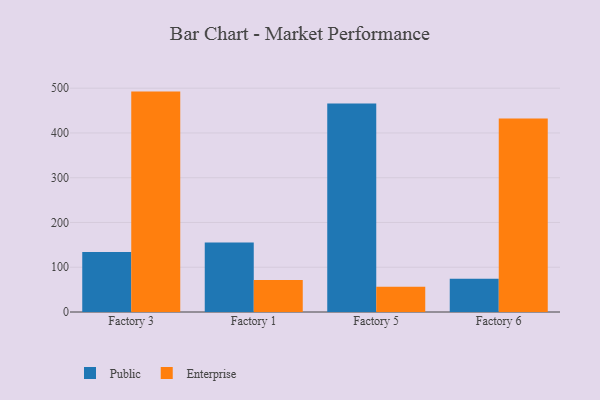
{"axis": {"x": "Factory", "y": "Churn Rate (%)"}, "legend": ["Enterprise", "Public"], "data": [{"x": "Factory 3", "y": 134.2, "type": "Public"}, {"x": "Factory 3", "y": 492.4, "type": "Enterprise"}, {"x": "Factory 1", "y": 155.2, "type": "Public"}, {"x": "Factory 1", "y": 71.3, "type": "Enterprise"}, {"x": "Factory 5", "y": 465.9, "type": "Public"}, {"x": "Factory 5", "y": 56.3, "type": "Enterprise"}, {"x": "Factory 6", "y": 74.3, "type": "Public"}, {"x": "Factory 6", "y": 432.5, "type": "Enterprise"}]}